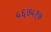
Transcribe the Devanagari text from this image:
५६७५१७